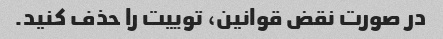
در صورت نقض قوانین، توییت را حذف کنید.